Civil Veterinary Department Bengal reports 1923-33 - 1923-1933
Year: 1923
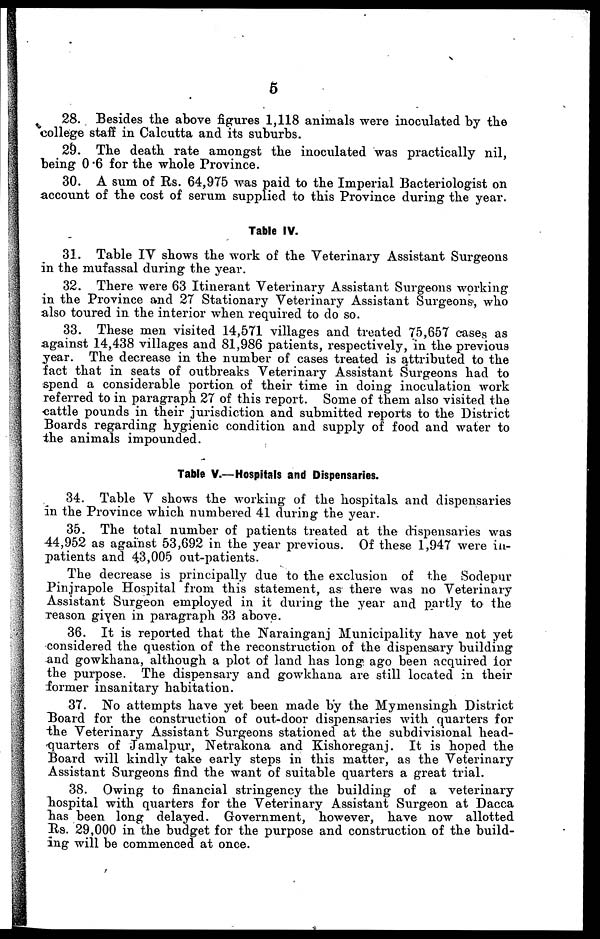
5
28. Besides the above figures 1,118 animals were inoculated by the
college staff in Calcutta and its suburbs.
29. The death rate amongst the inoculated was practically nil,
being 0.6 for the whole Province.
30. A sum of Rs. 64,975 was paid to the Imperial Bacteriologist on
account of the cost of serum supplied to this Province during the year.
Table IV.
31. Table IV shows the work of the Veterinary Assistant Surgeons
in the mufassal during the year.
32. There were 63 Itinerant Veterinary Assistant Surgeons working
in the Province and 27 Stationary Veterinary Assistant Surgeons, who
also toured in the interior when required to do so.
33. These men visited 14,571 villages and treated 75,657 cases as
against 14,438 villages and 81,986 patients, respectively, in the previous
year. The decrease in the number of cases treated is attributed to the
fact that in seats of outbreaks Veterinary Assistant Surgeons had to
spend a considerable portion of their time in doing inoculation work
referred to in paragraph 27 of this report. Some of them also visited the
cattle pounds in their jurisdiction and submitted reports to the District
Boards regarding hygienic condition and supply of food and water to
the animals impounded.
Table V.—Hospitals and Dispensaries.
34. Table V shows the working of the hospitals and dispensaries
in the Province which numbered 41 during the year.
35. The total number of patients treated at the dispensaries was
44,952 as against 53,692 in the year previous. Of these 1,947 were in-
patients and 43,005 out-patients.
The decrease is principally due to the exclusion of the Sodepur
Pinjrapole Hospital from this statement, as there was no Veterinary
Assistant Surgeon employed in it during the year and partly to the
reason given in paragraph 33 above.
36. It is reported that the Narainganj Municipality have not yet
considered the question of the reconstruction of the dispensary building
and gowkhana, although a plot of land has long ago been acquired for
the purpose. The dispensary and gowkhana are still located in their
former insanitary habitation.
37. No attempts have yet been made by the Mymensingh District
Board for the construction of out-door dispensaries with quarters for
the Veterinary Assistant Surgeons stationed at the subdivisional head-
quarters of Jamalpur, Netrakona and Kishoreganj. It is hoped the
Board will kindly take early steps in this matter, as the Veterinary
Assistant Surgeons find the want of suitable quarters a great trial.
38. Owing to financial stringency the building of a veterinary
hospital with quarters for the Veterinary Assistant Surgeon at Dacca
has been long delayed. Government, however, have now allotted
Rs. 29,000 in the budget for the purpose and construction of the build-
ing will be commenced at once.